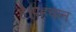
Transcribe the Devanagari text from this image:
है।पहचान